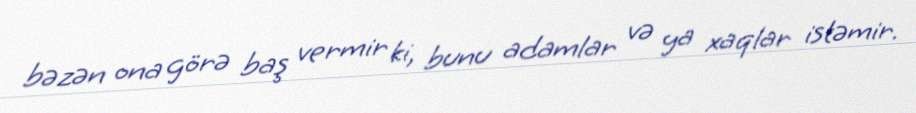
bəzən ona görə baş vermir ki, bunu adamlar və ya xaqlar istəmir.